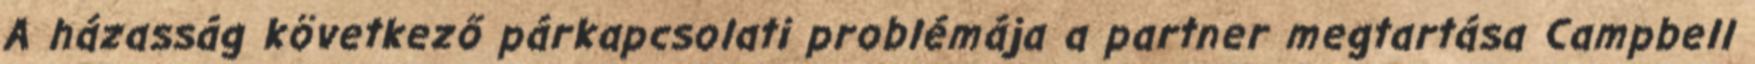
A házasság következő párkapcsolati problémája a partner megtartása Campbell